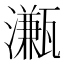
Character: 𤁦